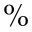
\%